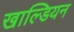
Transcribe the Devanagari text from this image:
खाल्डियन